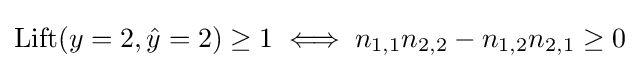
\mathrm {Lift} (y=2,{\hat {y}}=2)\geq 1\iff n_{1,1}n_{2,2}-n_{1,2}n_{2,1}\geq 0